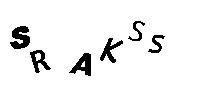
SRAKSS